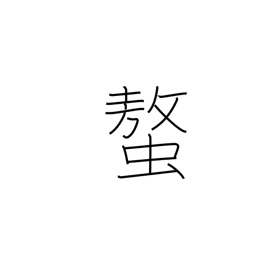
Meaning: claws